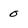
Character: 0